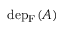
\mathrm { d e p } _ { \mathrm { F } } ( A )